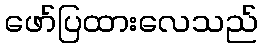
ဖော်ပြထားလေသည်